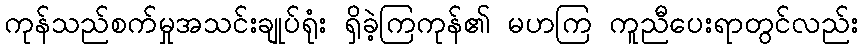
ကုန်သည်စက်မှုအသင်းချုပ်ရုံး ရှိခဲ့ကြကုန်၏ မဟကြ ကူညီပေးရာတွင်လည်း